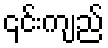
၎င်းကျည်